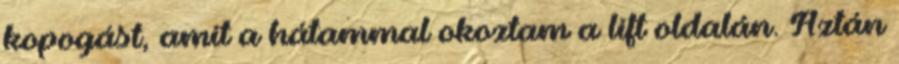
kopogást, amit a hátammal okoztam a lift oldalán. Aztán